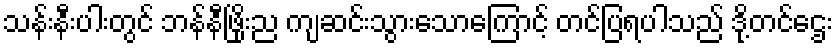
သန်းနီးပါးတွင် ဘန်နီဖြိုးည ကျဆင်းသွားသောကြောင့် တင်ပြရပါသည် ဒို့တင်ဌေး